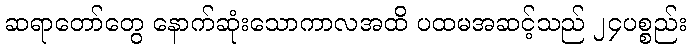
ဆရာတော်တွေ နောက်ဆုံးသောကာလအထိ ပထမအဆင့်သည် ၂၄ပစ္စည်း